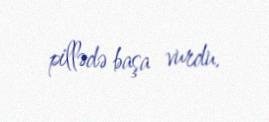
pillədə başa vurdu.